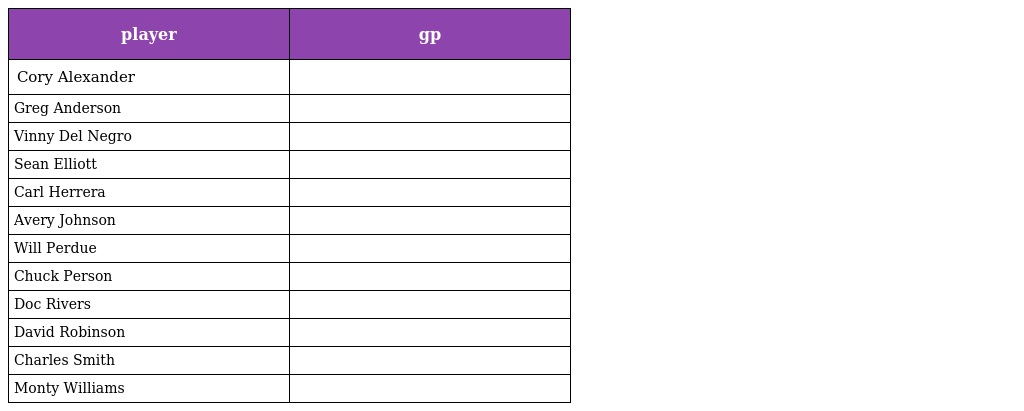
| player | gp |
 | --- | --- |
 | Cory Alexander |  |
 | Greg Anderson |  |
 | Vinny Del Negro |  |
 | Sean Elliott |  |
 | Carl Herrera |  |
 | Avery Johnson |  |
 | Will Perdue |  |
 | Chuck Person |  |
 | Doc Rivers |  |
 | David Robinson |  |
 | Charles Smith |  |
 | Monty Williams |  |